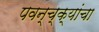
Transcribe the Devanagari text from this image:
पवन्च्क्यांचा